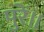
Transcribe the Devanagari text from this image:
पुरें॥